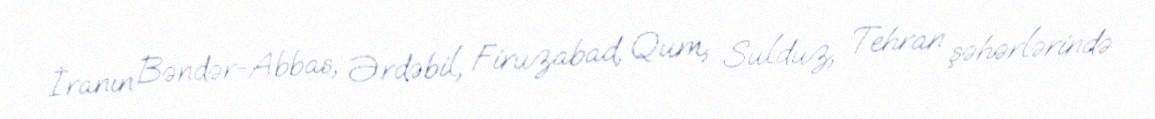
İranın Bəndər-Abbas, Ərdəbil, Firuzabad, Qum, Sulduz, Tehran şəhərlərində